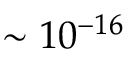
\sim 1 0 ^ { - 1 6 }